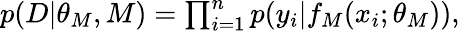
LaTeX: \begin{array}{r}{p(D|\theta_{M},M)=\prod_{i=1}^{n}p(y_{i}|f_{M}(x_{i};\theta_{M})),}\end{array}